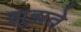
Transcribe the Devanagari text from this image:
झूझते